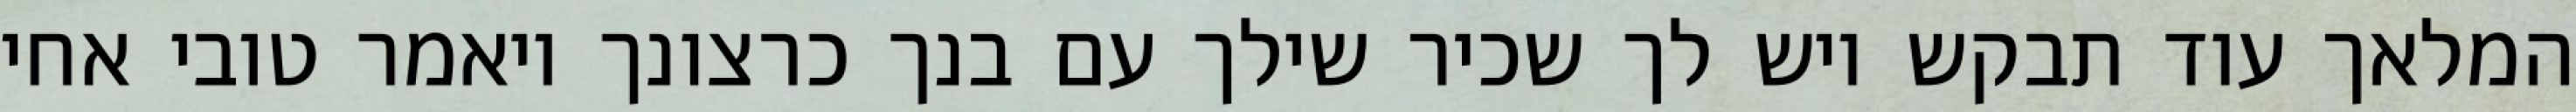
המלאך עוד תבקש ויש לך שכיר שילך עם בנך כרצונך ויאמר טובי אחי